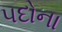
પદોના